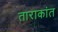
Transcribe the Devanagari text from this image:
ताराकांत